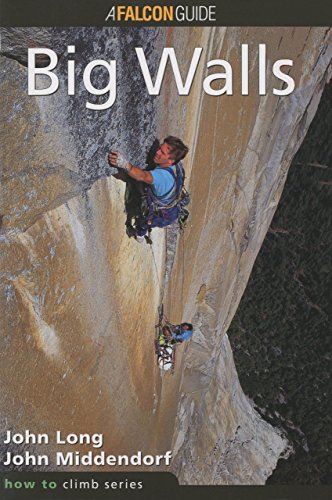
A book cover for How to Climb(TM): Big Walls (How To Climb Series); John Long; Sports & Outdoors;